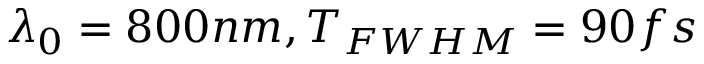
\lambda _ { 0 } = 8 0 0 n m , T _ { F W H M } = 9 0 f s